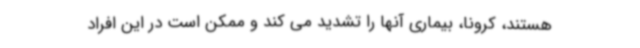
هستند، کرونا، بیماری آنها را تشدید می کند و ممکن است در این افراد